Calcutta medical institutions reports 1892-1900
Year: 1892
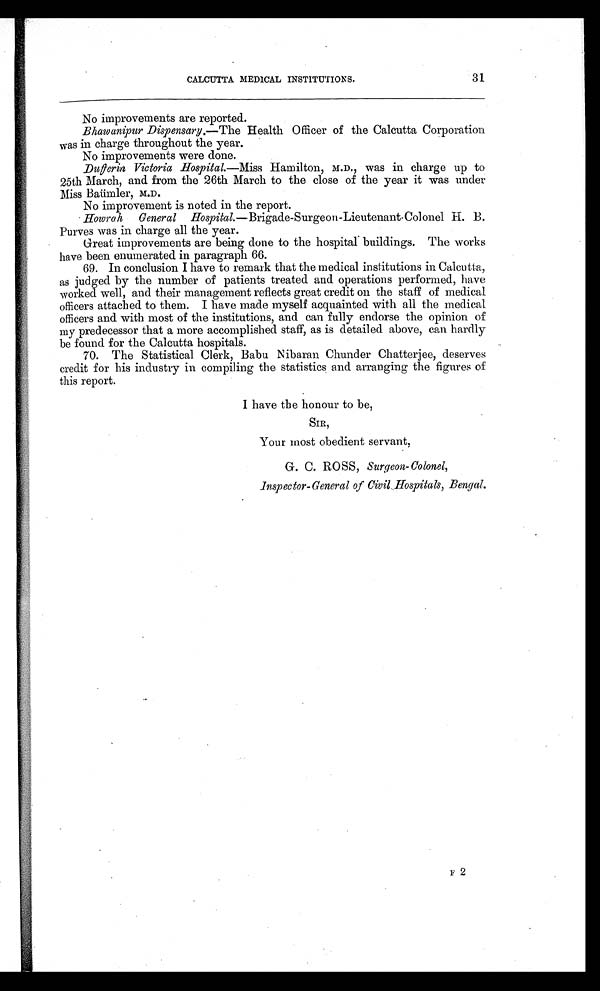
CALCUTTA MEDICAL INSTITUTIONS. 31
No improvements are reported.
Bhawanipur Dispensary .—The Health Officer of the Calcutta Corporation
was in charge throughout the year.
No improvements were done.
Dufferin Victoria Hospital.—Miss Hamilton, M.D., was in charge up to
25th March, and from the 26th March to the close of the year it was under
Miss Baümler, M.D.
No improvement is noted in the report.
Howrah General Hospital.— Brigade-Surgeon-Lieutenant-Colonel H. B.
Purves was in charge all the year.
Great improvements are being done to the hospital buildings. The works
have been enumerated in paragraph 66.
69. In conclusion I have to remark that the medical institutions in Calcutta,
as judged by the number of patients treated and operations performed, have
worked well, and their management reflects great credit on the staff of medical
officers attached to them. I have made myself acquainted with all the medical
officers and with most of the institutions, and can fully endorse the opinion of
my predecessor that a more accomplished staff, as is detailed above, can hardly
be found for the Calcutta hospitals.
70.
The Statistical Clerk, Babu Nibaran Chunder Chatterjee, deserves
credit for his industry in compiling the statistics and arranging the figures of
this report.
I have the honour to be,
SIR,
Your most obedient servant,
G. C. ROSS, Surgeon-Colonel,
Inspector-General of Civil Hospitals, Bengal.